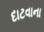
દાટવાના